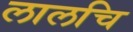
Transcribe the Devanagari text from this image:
लालचि